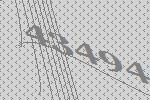
43494